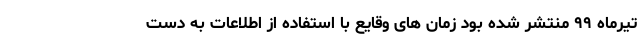
تیرماه ۹۹ منتشر شده بود زمان های وقایع با استفاده از اطلاعات به دست